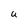
Character: U